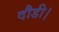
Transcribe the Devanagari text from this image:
दौडी।